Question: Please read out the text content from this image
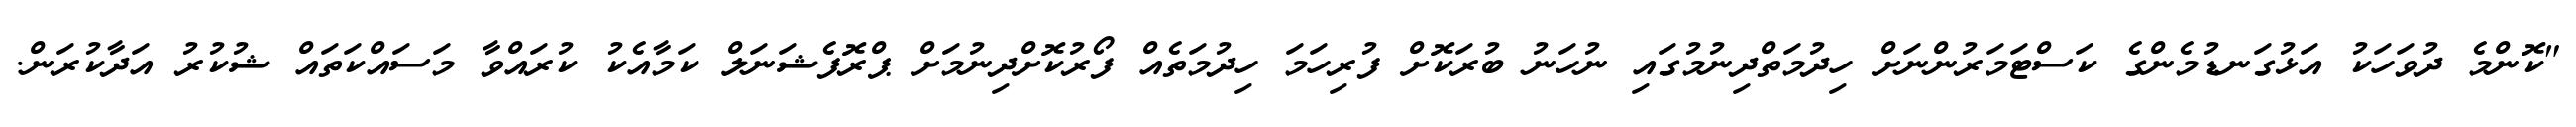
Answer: "ކޮންމެ ދުވަހަކު އަޅުގަނޑުމެންގެ ކަސްޓަމަރުންނަށް ހިދުމަތްދިނުމުގައި ނުހަނު ބުރަކޮށް ފުރިހަމަ ހިދުމަތެއް ފޯރުކޮށްދިނުމަށް ޕްރޮފެޝަނަލް ކަމާއެކު ކުރައްވާ މަސައްކަތައް ޝުކުރު އަދާކުރަން.